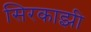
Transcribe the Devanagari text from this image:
सिरकाझी